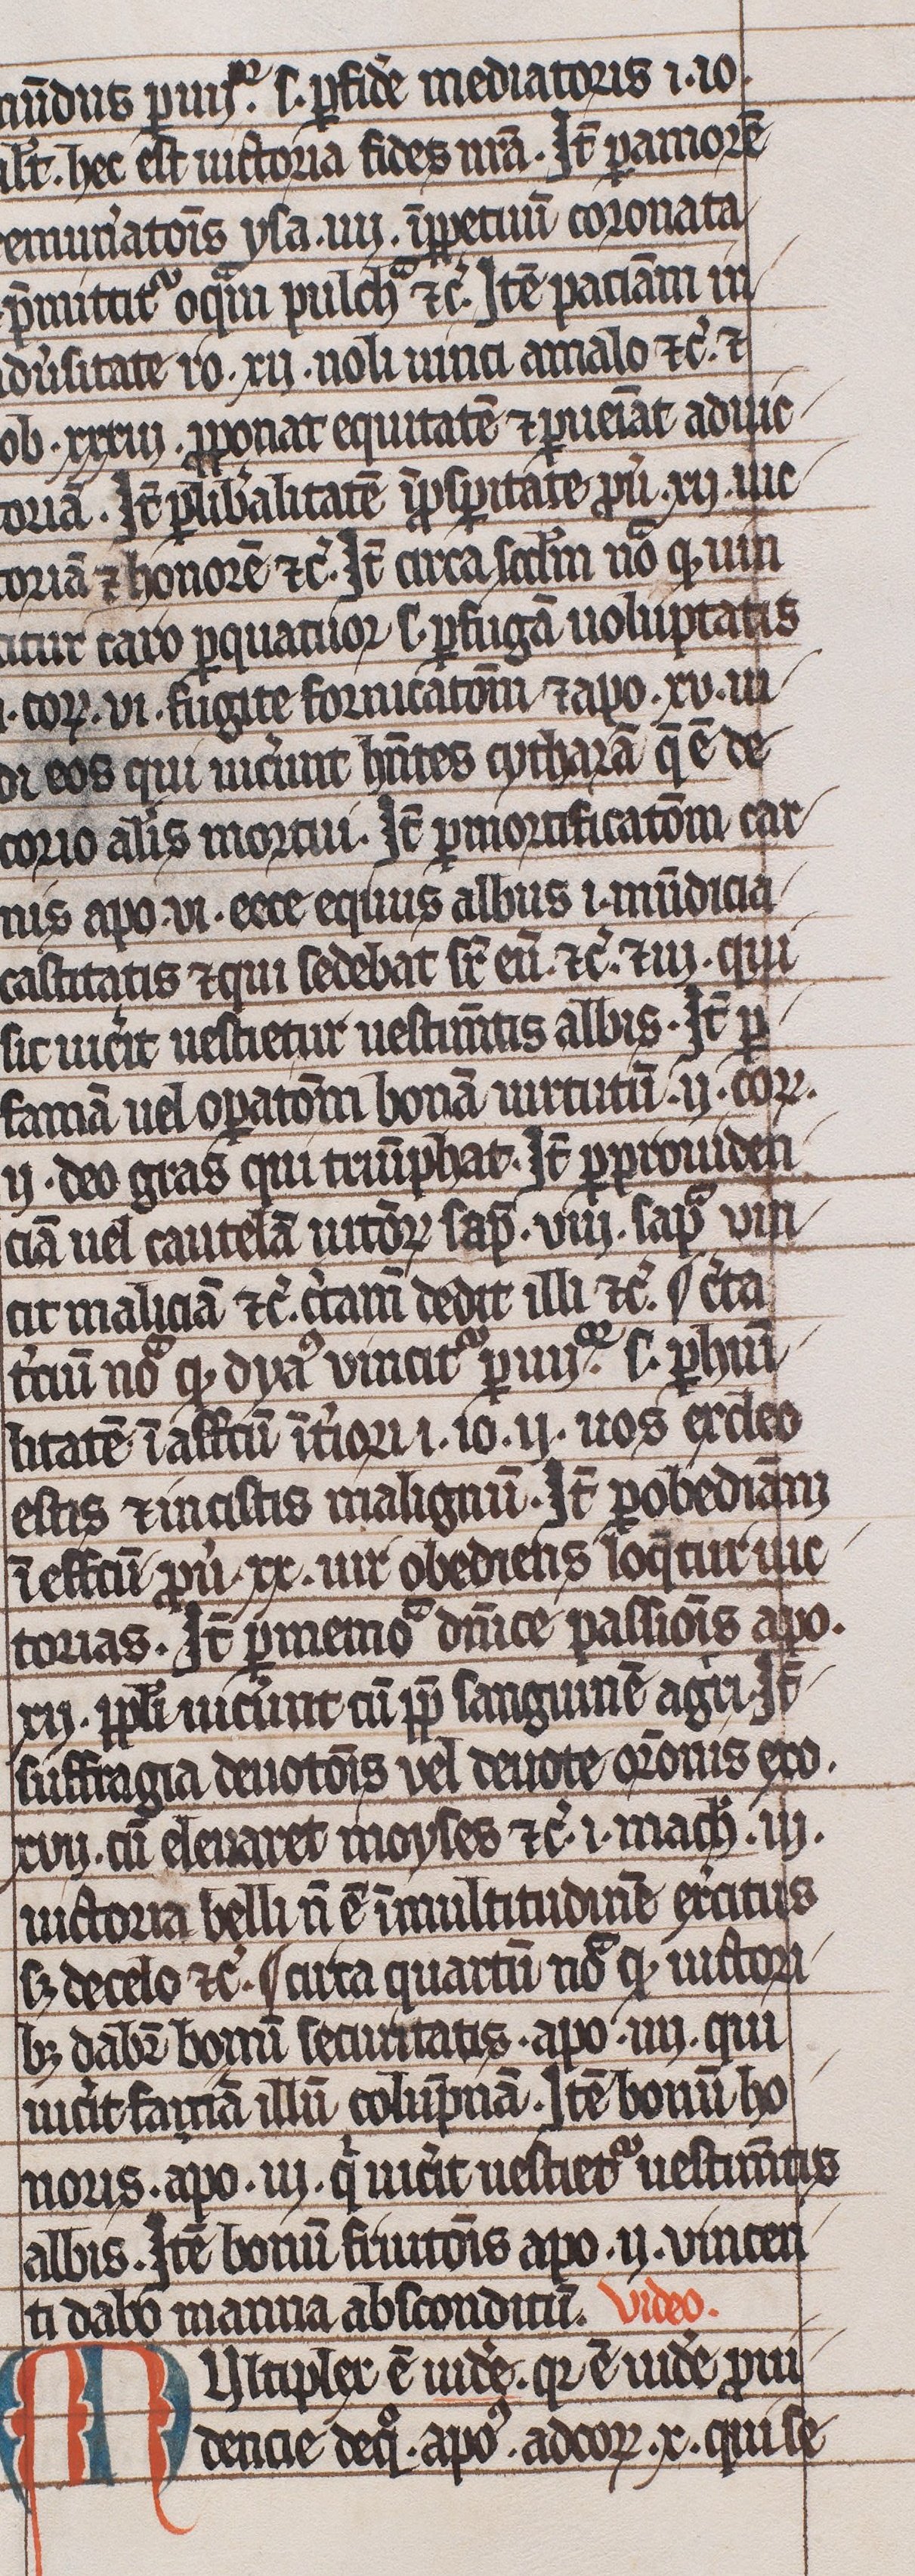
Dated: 1300–1399